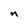
Character: n